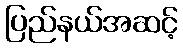
ပြည်နယ်အဆင့်